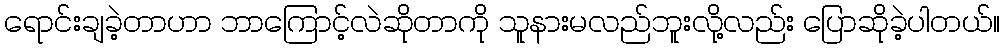
ရောင်းချခဲ့တာဟာ ဘာကြောင့်လဲဆိုတာကို သူနားမလည်ဘူးလို့လည်း ပြောဆိုခဲ့ပါတယ်။